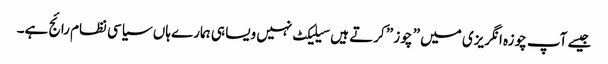
جیسے آپ چوزہ انگریزی میں ” چوز ” کرتے ہیں سیلیکٹ نہیں ویسا ہی ہمارے ہاں سیاسی نظام رائج ہے۔